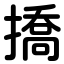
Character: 撟